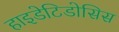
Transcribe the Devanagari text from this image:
हाइडेटिडोसिस